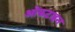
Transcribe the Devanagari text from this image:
ओकटाइन